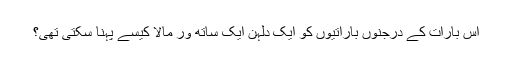
اس بارات کے درجنوں باراتیوں کو ایک دلہن ایک ساتھ ور مالا کیسے پہنا سکتی تھی؟